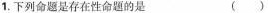
1.下列命题是存在性命题的是 ( )